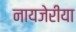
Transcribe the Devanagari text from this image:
नायजेरीया